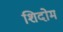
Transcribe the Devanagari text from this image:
शिदोम